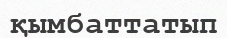
қымбаттатып